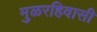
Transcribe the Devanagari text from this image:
मुळरहिवासी